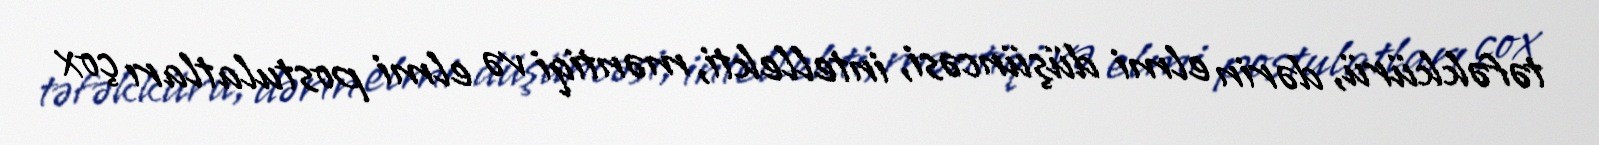
təfəkkürü, dərin elmi düşüncəsi, intellekti, məntiqi və elmi postulatları çox